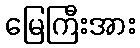
မြေကြီးအား